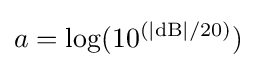
a=\log(10^{(|{\text{dB}}|/20)})